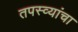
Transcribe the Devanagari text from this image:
तपस्व्यांचा